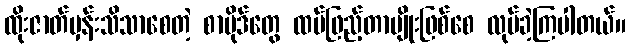
ထိုးဇာတ်မှန်းသိသာစေတဲ့ စာပိုဒ်တွေ ထပ်ဖြည့်တာမျိုးဖြစ်စေ လုပ်ခဲ့ကြပါတယ်။